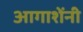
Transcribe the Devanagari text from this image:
आगाशेंनी